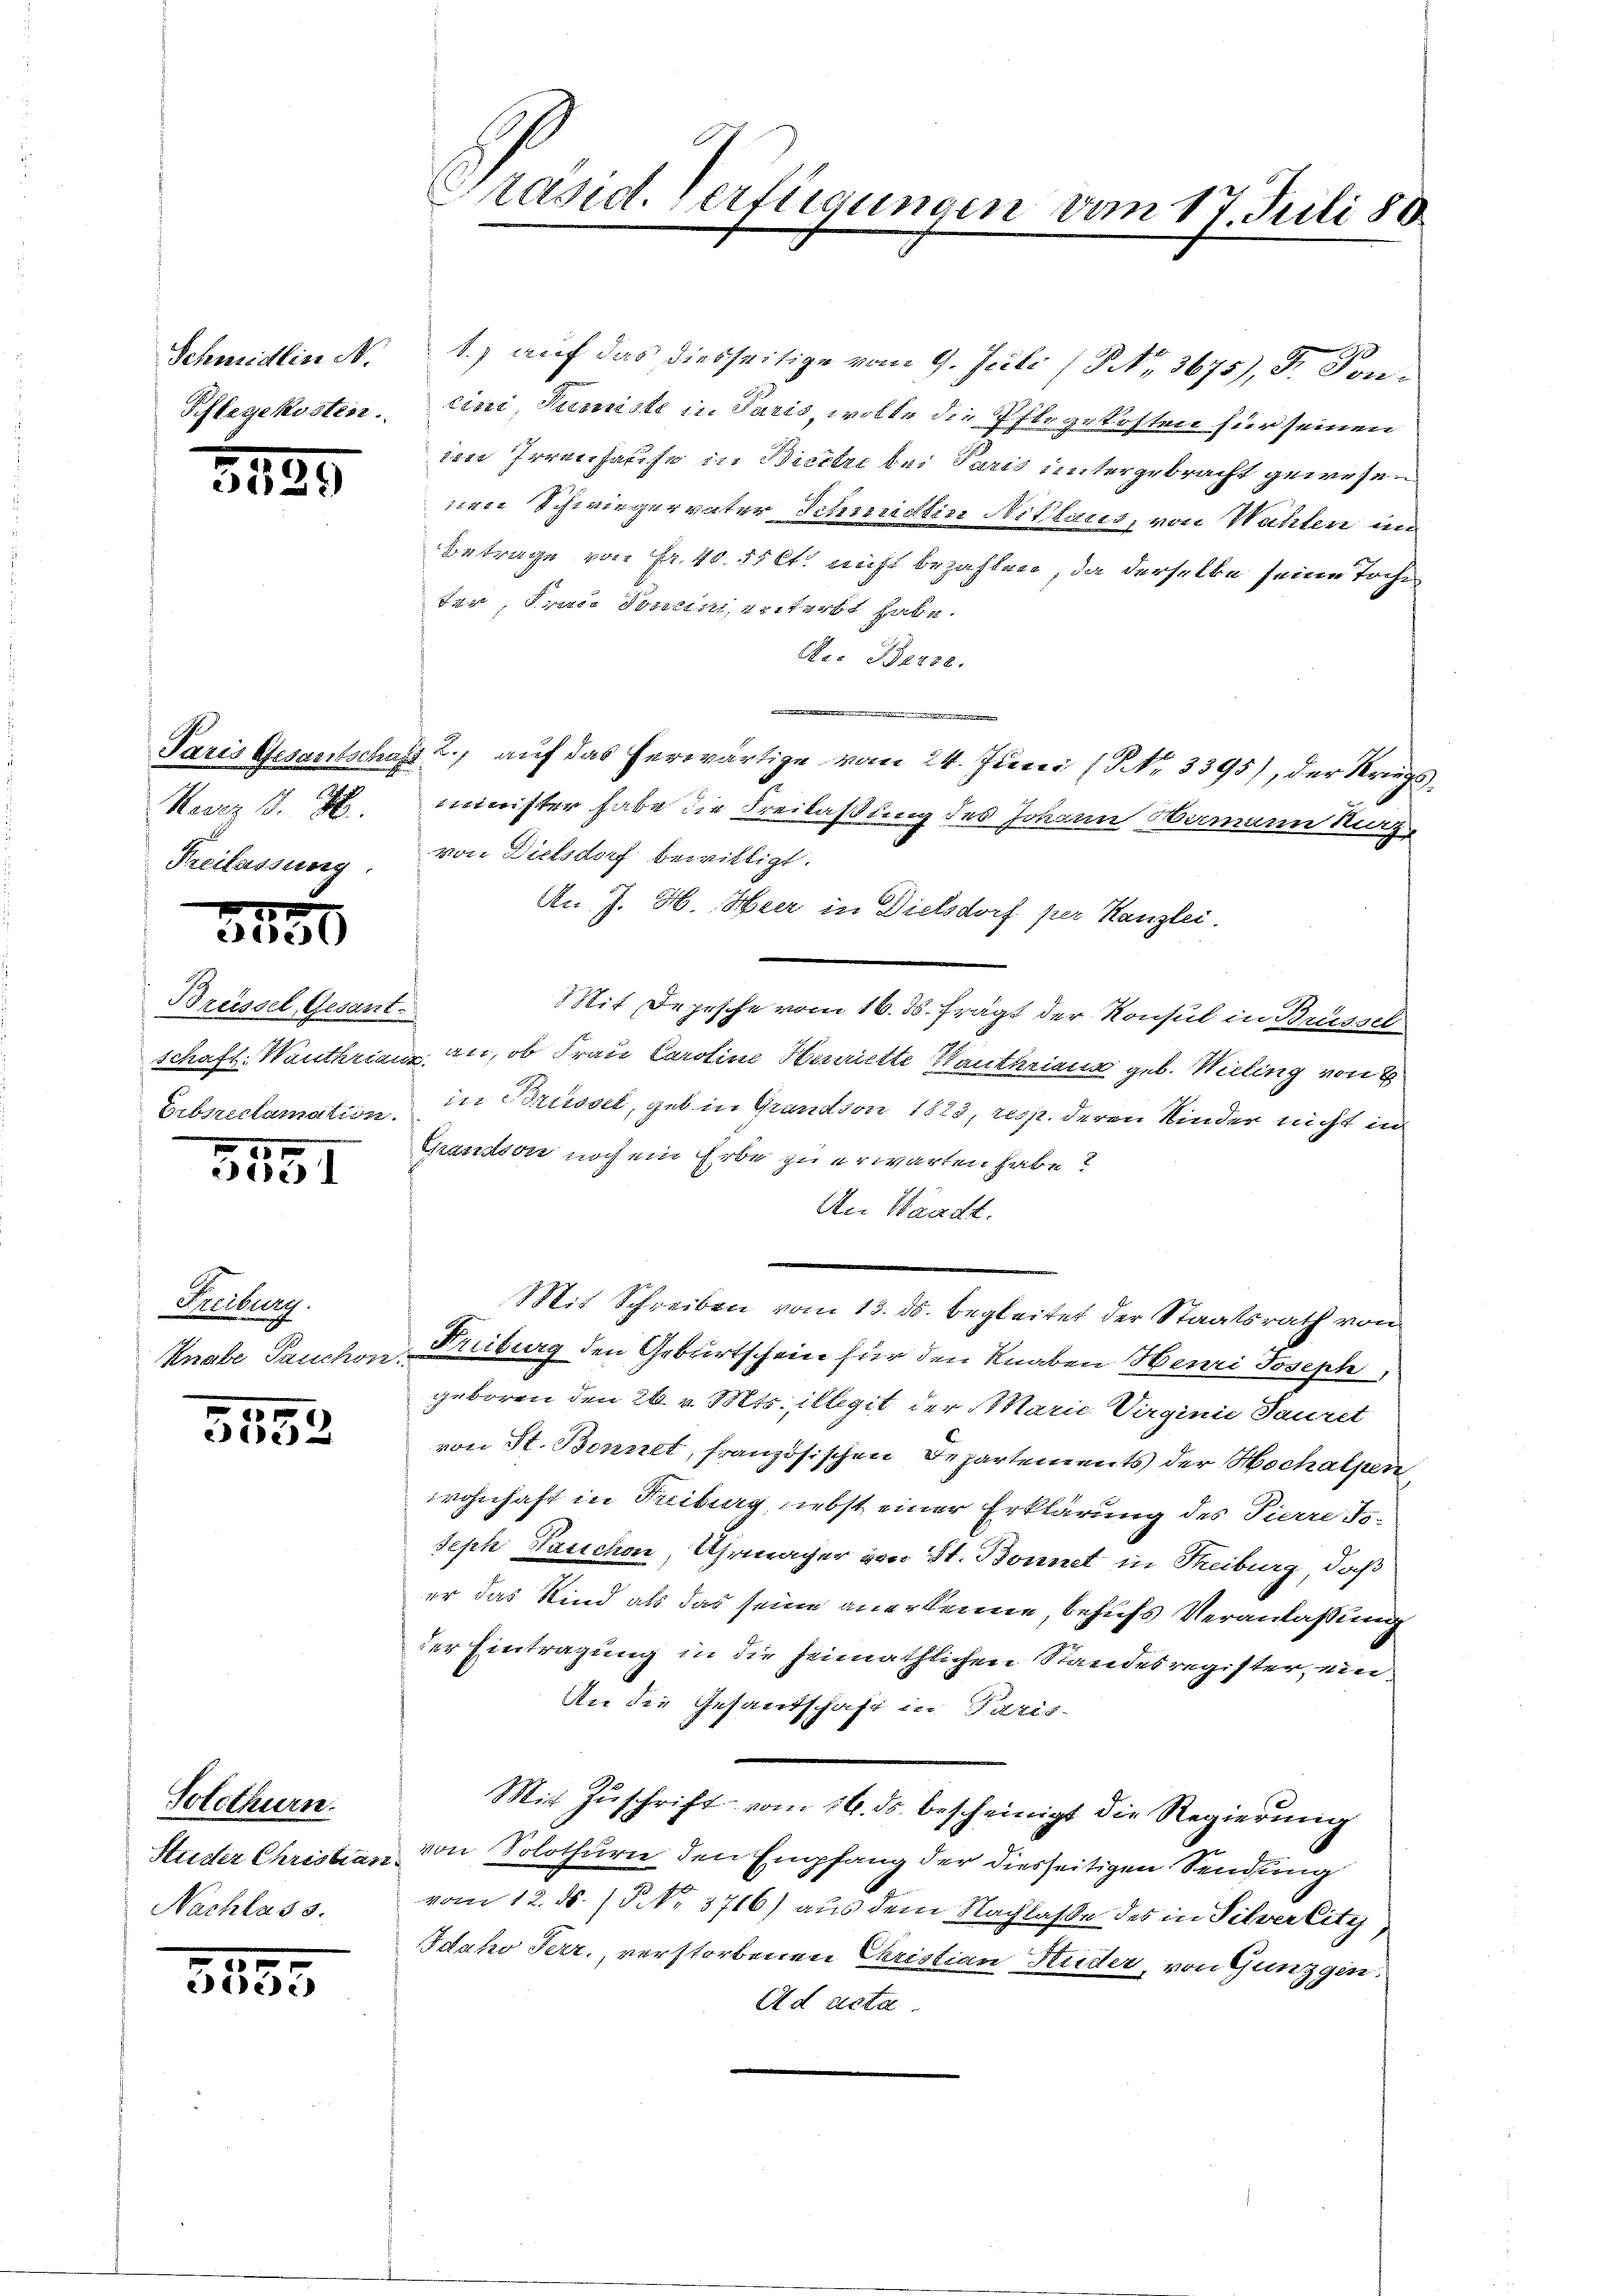
Schmidlin N.
Pflegekosten.

3899

Naerz 17. H.
Freilassung.

2
e

Brüssel, Gesant.
Erbsreclamation.

10 x
3
2

Freiburg.
Knabe Tauchon.

10
5552

Solothurn.
Studer Christian
Nachlass.

1
3353

b.) auf das diesseitige vom 9. Juli (NNo. 3675), d. Soncini, Tuniste in Paris, wolle die Pflegekosten für seinen
im Irrenhause in Bierte bei Paris untergebracht gewesen
nen Schwiegervater Schmidtin Niklaus, von Wahlen im
Betrage von Fr. 40. 55 lt. nicht bezahlen, da derselbe seine Toche
ter, Frau Jonein, ersterbt habe.
Ae. Berze
uee eiges der die
e
Paris Gesantschaft 2., auf das herwärtige vom 24. Juni (NNr. 3395), der Kriegsminister habe die Freilaßung des Johann Namen Kurz,
von Dielsdorf bewilligt.
An J. H. Heer in Dielsdorf per Kanzlei.
Mit Depesche vom 16. ds. frägt der Konsul in Brüssel
schaft. Wanthrian, an, ob Frau Caroline Henriette Wanthraus geb. Wieling von
in Brüssel, geb in Grandson 1823, resp. deren Kinder nicht in
Grandson noch ein Erbe zu erwarten habe?
An Waadt.
Mit Schreiben vom 13. ds. begleitet der Staatsrath von
Freiburg den Geburtschein für den Knaben Heuri Joseph,
geboren den 26. v. Mts. illegit der Marie Virginie Sauret
von St. Bonnet, französischen Departements der Hochalpen
wohnhaft in Freiburg, nebst einer Erklärung des Pierreis-
seph Pauschen, Uhrmacher von St. Bonnet in Treiburg, daß
er das Kind als das seine anerkenne, behufs Veranlassung
der Eintragung in die heimathlichen Standesregister, ein¬
An die Gesandschaft in Paris-
Mit Zŭschrift vom 16. ds. bescheinigt die Regierung
von Solothurn den Empfang der diesseitigen Sendung
vom 12. ds. (§. No 3716) aus dem Nachlaße des in Silver litz
IIdaho Terr., verstorbenen Christian Kuder, von Gunzgin.
Ad acta

Präsid. Verfügungen vom 17. Juli 188